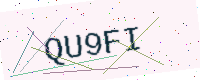
Text: QU9FI